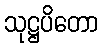
သုဋ္ဌပိတော